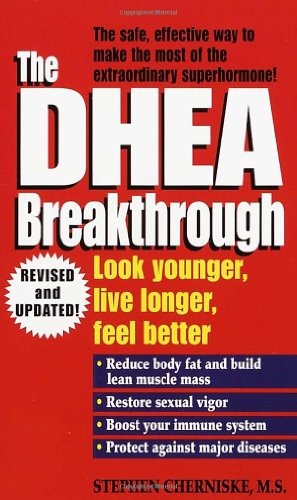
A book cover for The DHEA Breakthrough; Stephen A. Cherniske; Health, Fitness & Dieting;